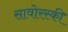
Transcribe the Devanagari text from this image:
सावोरस्की